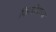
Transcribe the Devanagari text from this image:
फिलीपच्या